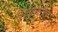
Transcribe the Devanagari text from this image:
विशयन्वरील